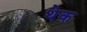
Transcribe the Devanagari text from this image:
थेक